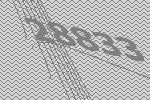
28833